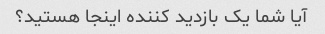
آیا شما یک بازدید کننده اینجا هستید؟